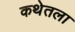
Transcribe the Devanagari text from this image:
कथेतला